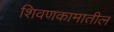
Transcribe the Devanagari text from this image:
शिवणकामातील